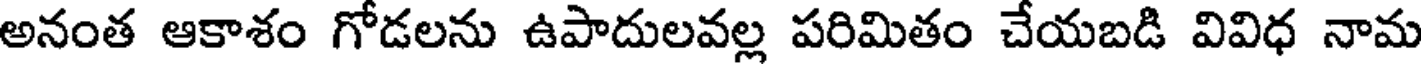
అనంత ఆకాశం గోడలను ఉపాదులవల్ల పరిమితం చేయబడి వివిధ నామ